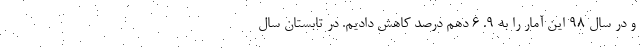
و در سال ۹۸ این آمار را به ۹. ۶ دهم درصد کاهش دادیم. در تابستان سال